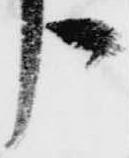
う